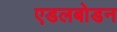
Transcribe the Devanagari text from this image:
एडलबोडन